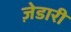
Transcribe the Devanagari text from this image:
ज़ेडारी